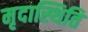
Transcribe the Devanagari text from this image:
मृदास्थिति